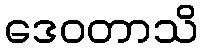
ဒေဝတာသိ